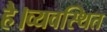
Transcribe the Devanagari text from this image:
है।व्यवस्थित